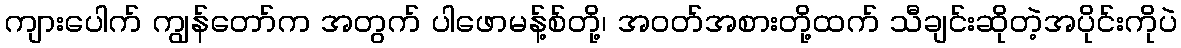
ကျားပေါက် ကျွန်တော်က အတွက် ပါဖောမန့်စ်တို့၊ အဝတ်အစားတို့ထက် သီချင်းဆိုတဲ့အပိုင်းကိုပဲ